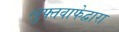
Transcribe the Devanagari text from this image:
लुफ्तवाफेद्वारा